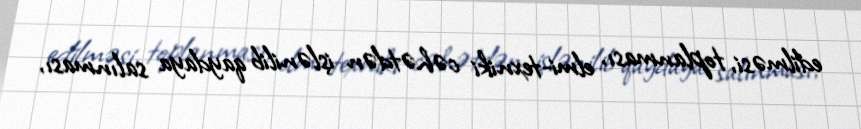
edilməsi, toplanması, elmi-texniki cəhətdən işlənilib qaydaya salınması,